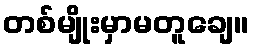
တစ်မျိုးမှာမတူချေ။